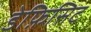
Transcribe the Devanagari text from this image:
डेफ़िसिट